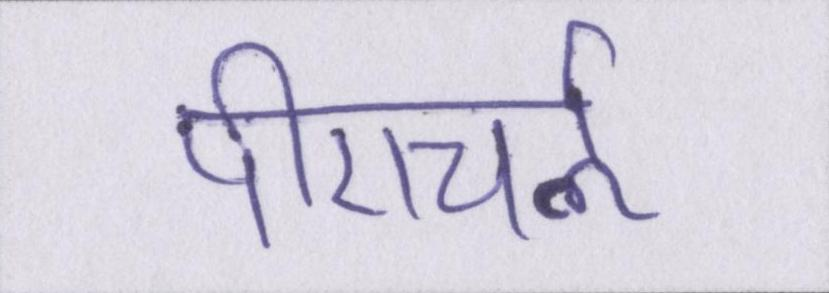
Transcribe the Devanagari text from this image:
पीएचर्ऌ